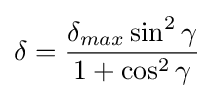
\delta ={\frac {\delta _{max}\sin ^{2}\gamma }{1+\cos ^{2}\gamma }}